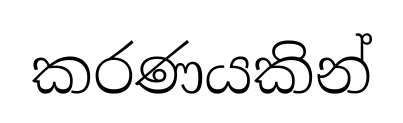
කරණයකින්